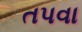
તપવા